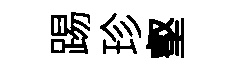
踢珍壑